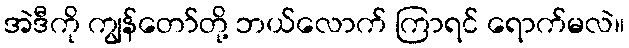
အဲဒီကို ကျွန်တော်တို့ ဘယ်လောက် ကြာရင် ရောက်မလဲ။